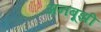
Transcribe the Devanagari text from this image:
अनबूझी